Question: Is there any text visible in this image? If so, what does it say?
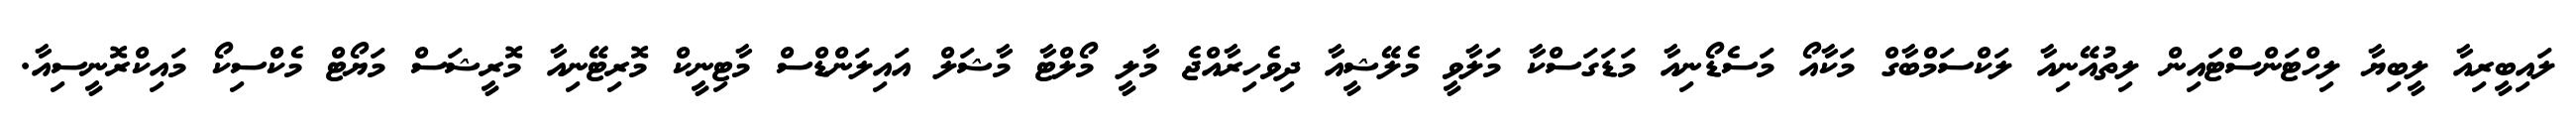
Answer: ލައިބީރިއާ ލީބިޔާ ލިހްޓަންސްޓައިން ލިތުއޭނިއާ ލަކްސަމްބާގް މަކާއޯ މަސެޑޯނިއާ މަޑަގަސްކާ މަލާވީ މެލޭޝީއާ ދިވެހިރާއްޖެ މާލީ މޯލްޓާ މާޝަލް އައިލަންޑްސް މާޓިނީކް މޮރިޓޭނިއާ މޮރީޝަސް މަޔޯޓް މެކްސިކޯ މައިކްރޮނީސިއާ.